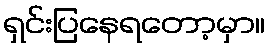
ရှင်းပြနေရတော့မှာ။